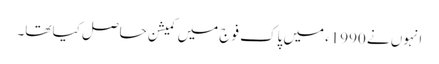
انہوں نے 1990ء میں پاک فوج میں کمیشن حاصل کیا تھا۔